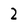
Character: 2